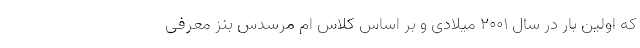
که اولین بار در سال 2001 میلادی و بر اساس کلاس ام مرسدس بنز معرفی